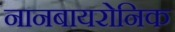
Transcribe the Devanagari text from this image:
नानबायरोनिक